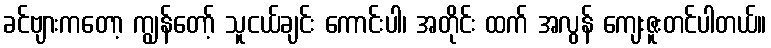
ခင်ဗျားကတော့ ကျွန်တော့် သူငယ်ချင်း ကောင်းပါ၊ အတိုင်း ထက် အလွန် ကျေးဇူးတင်ပါတယ်။